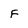
Character: f